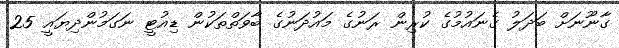
ގާނޫނަށް ބަދަލު ގެނައުމުގެ ކުރިން ރަނުގެ މައުދަނުގެ ބާވަތްތަކުން ޑިއުޓީ ނަގަމުންދިޔައީ 25